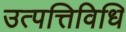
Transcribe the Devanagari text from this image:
उत्पत्तिविधि